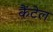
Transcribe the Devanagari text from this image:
कैंटेल